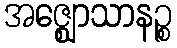
အဇ္ဈောသာနဉ္စ